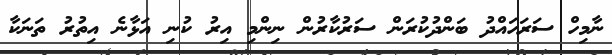
ނާމިހް ސަރަހައްދު ބަންދުކުރަން ސަރުކާރުން ނިންމި އިރު ކުނި އަޅާނެ އިތުރު ތަނަކާ